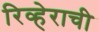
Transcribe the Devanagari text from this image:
रिव्हेराची